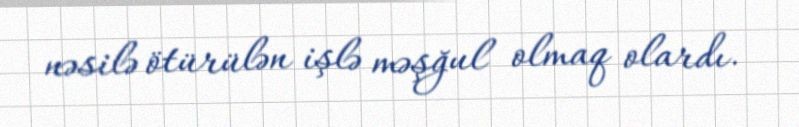
nəsilə ötürülən işlə məşğul olmaq olardı.